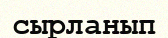
сырланып